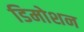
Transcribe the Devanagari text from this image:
डिमोशन